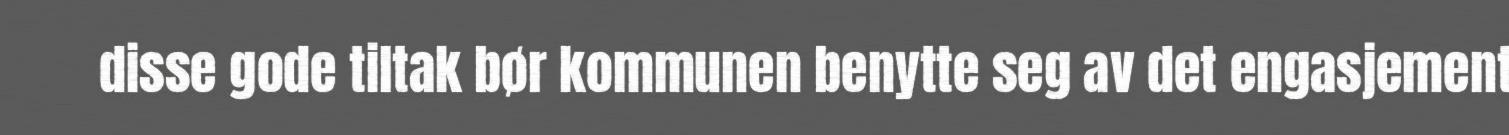
disse gode tiltak bør kommunen benytte seg av det engasjement